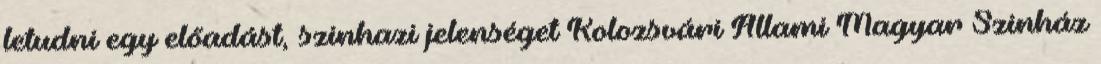
letudni egy előadást, szinhazi jelenséget Kolozsvári Állami Magyar Szinház